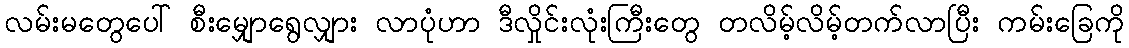
လမ်းမတွေပေါ် စီးမျှောရွေလျှား လာပုံဟာ ဒီလှိုင်းလုံးကြီးတွေ တလိမ့်လိမ့်တက်လာပြီး ကမ်းခြေကို